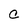
Character: C